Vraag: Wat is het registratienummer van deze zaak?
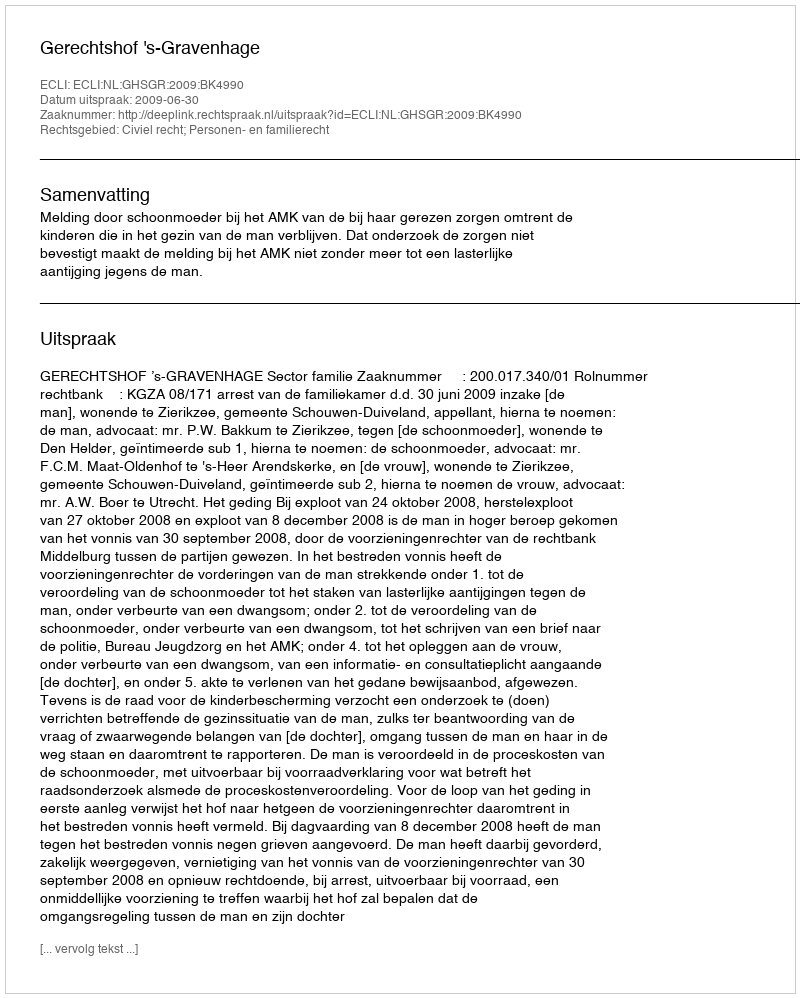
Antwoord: http://deeplink.rechtspraak.nl/uitspraak?id=ECLI:NL:GHSGR:2009:BK4990